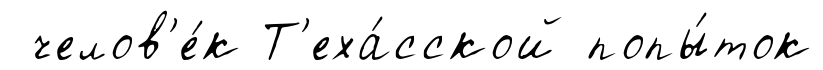
челов'е́к Т'еха́сской попы́ток